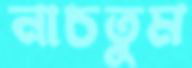
নাচতুম